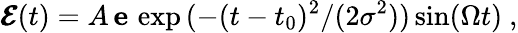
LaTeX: \pmb{\mathcal{E}}(t)=A\, \mathbf{e}\, \exp{(-{(t-t_{0})^{2}}/({2\sigma^{2}}))}\sin(\Omega t)\ ,